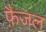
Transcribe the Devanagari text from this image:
फ़ैजल